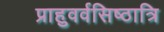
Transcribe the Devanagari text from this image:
प्राहुवर्वसिष्ठात्रि